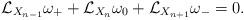
LaTeX: \begin{align*} \mathcal{L}_{X_{n-1}} \omega_+ + \mathcal{L}_{X_{n}} \omega_0 + \mathcal{L}_{X_{n+1}} \omega_- = 0 \mathrlap{.}\end{align*}